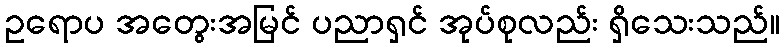
ဥရောပ အတွေးအမြင် ပညာရှင် အုပ်စုလည်း ရှိသေးသည်။